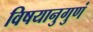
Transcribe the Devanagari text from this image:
विषयानुगुणं